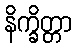
နိက္ခိတ္တာ